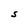
Character: S